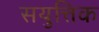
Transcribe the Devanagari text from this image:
सयुत्तिक